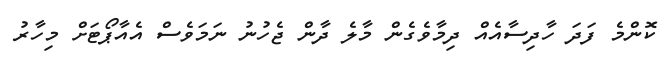
ކޮންމެ ފަދަ ހާދިސާއެއް ދިމާވެގެން މާލެ ދާން ޖެހުނު ނަަމަވެސް އެއާޕޯޓަށް މިހާރު